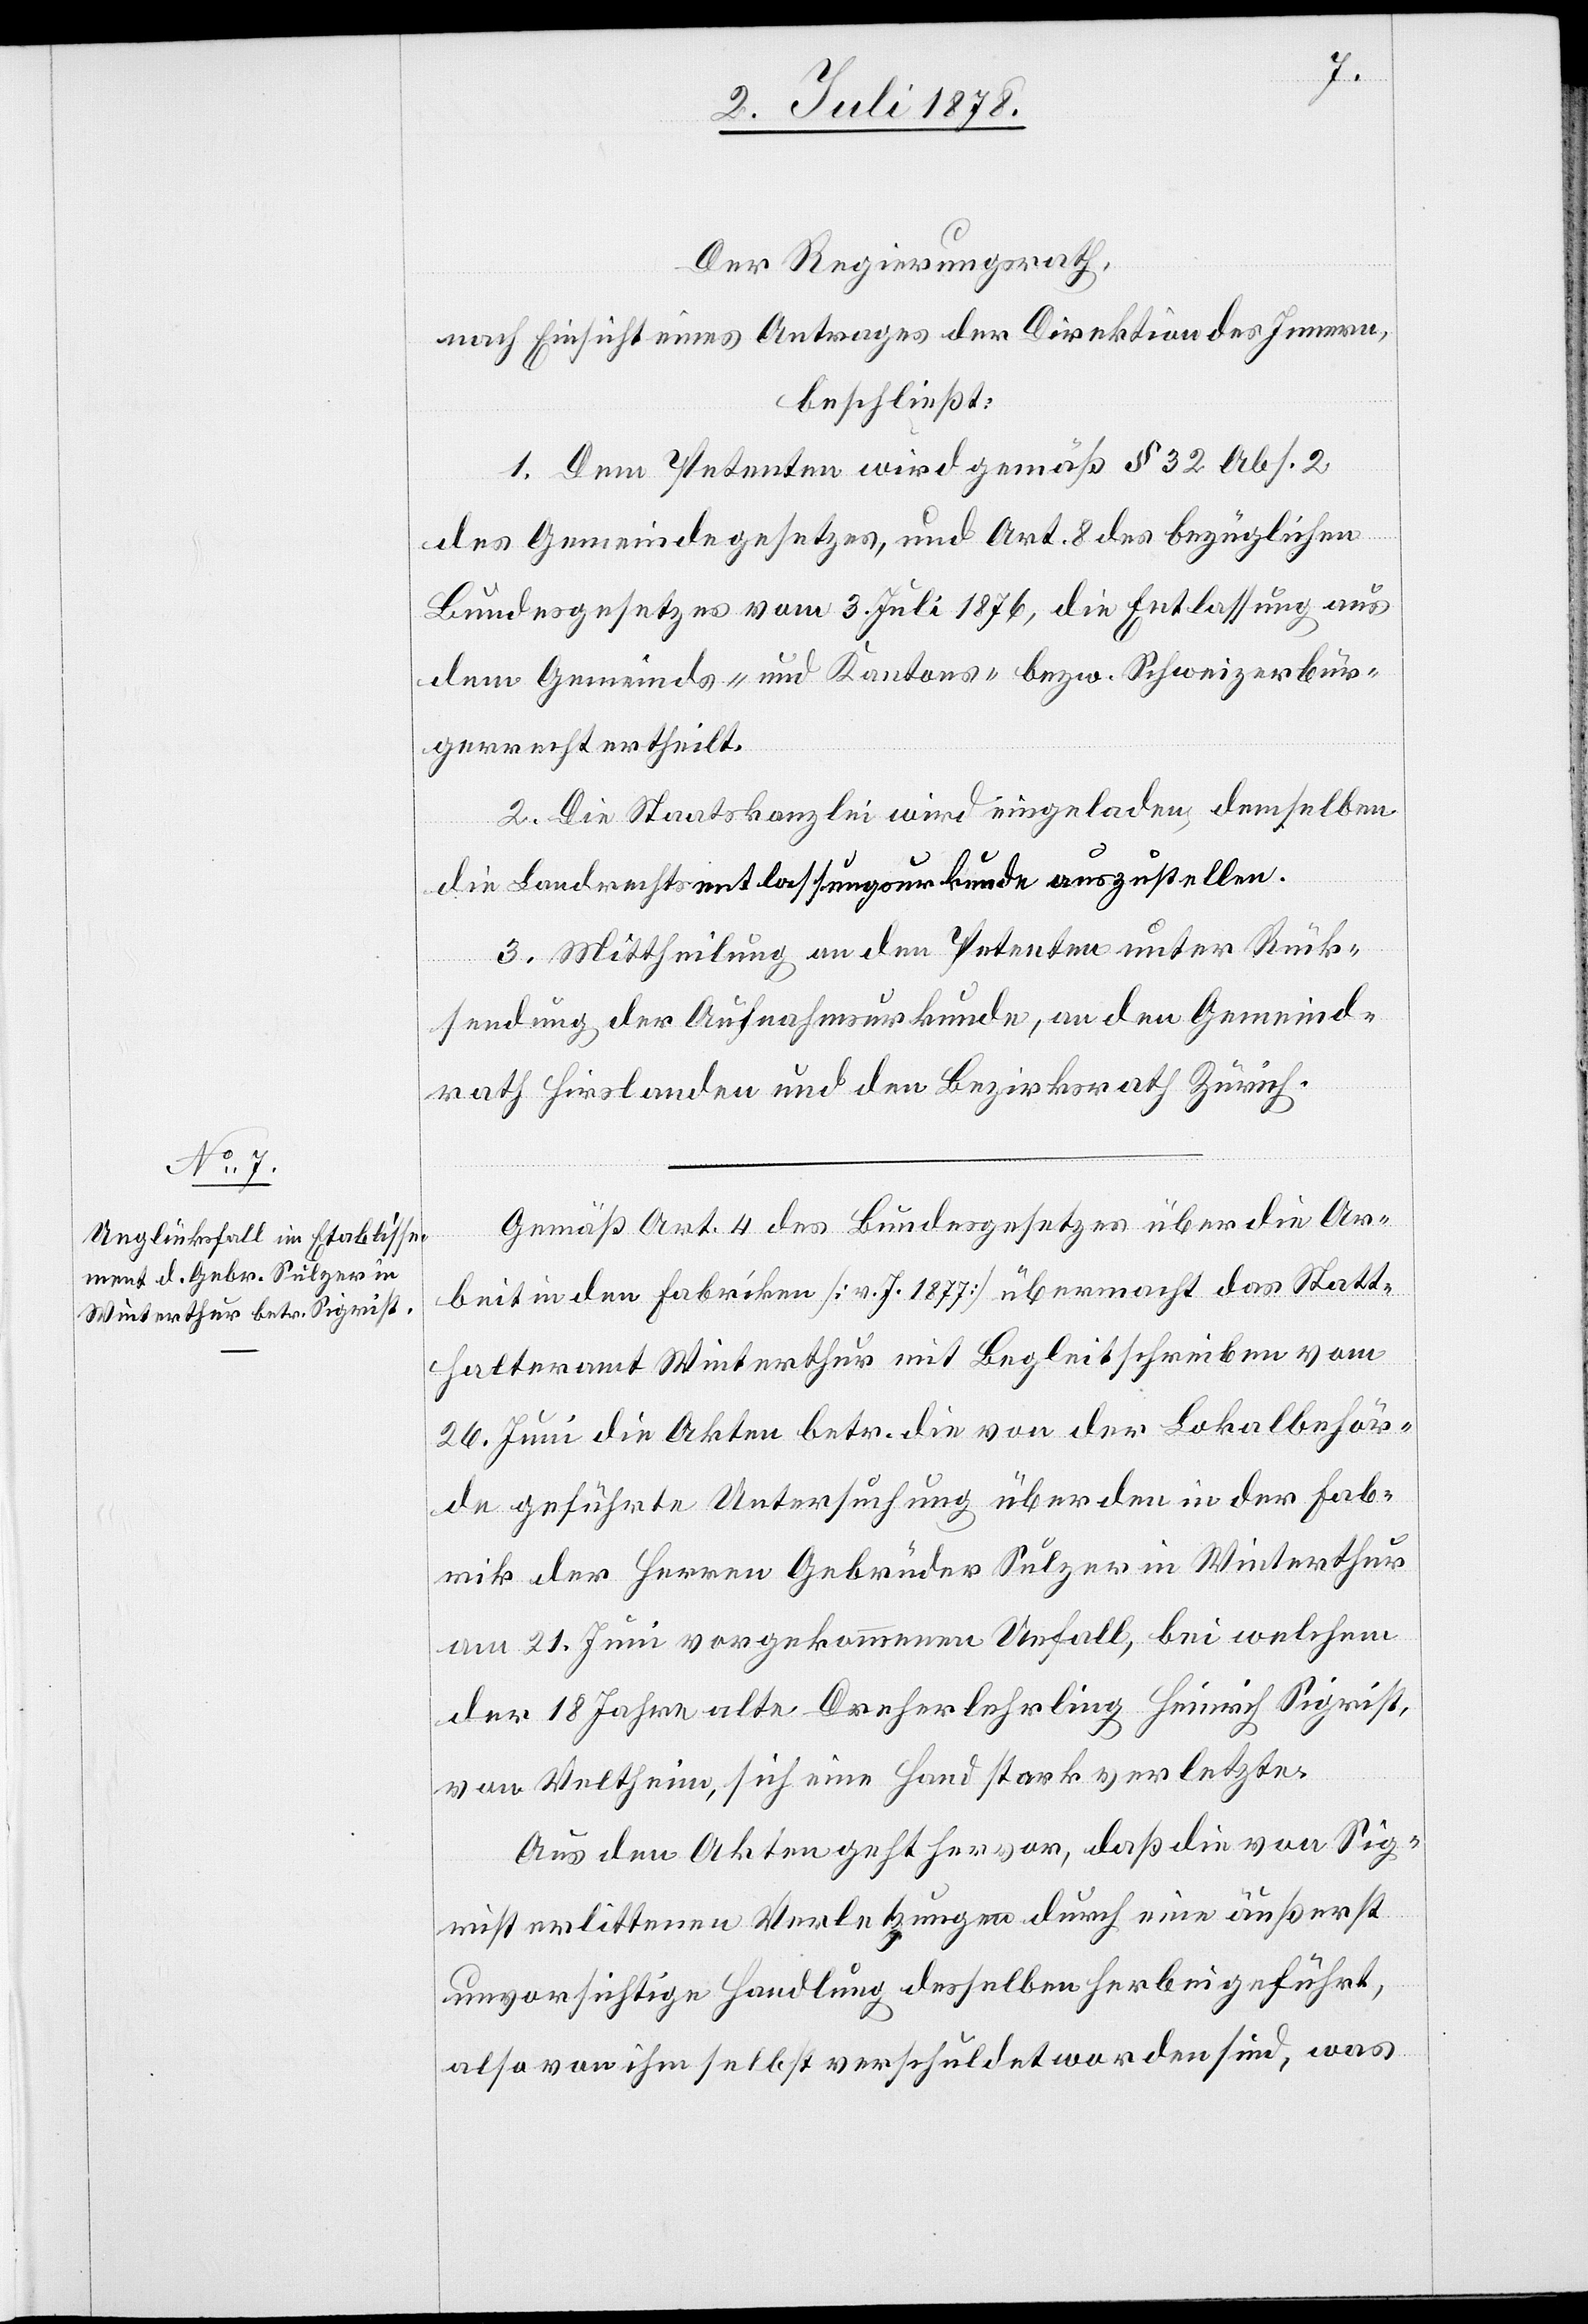
Der Regierungsrath,
nach Einsicht eines Antrages der Direktion des Innern,
beschließt:
1. Dem Petenten wird gemäß § 32 Abs. 2
des Gemeindegesetzes, und Art. 8 des bezüglichen
Bundesgesetzes vom 3. Juli 1876, die Entlassung aus
dem Gemeinds- und Kantons- bezw. Schweizerbür¬
gerrecht ertheilt.
2. Die Staatskanzlei wird eingeladen, demselben
die Landrechtsentlassungsurkunde auszustellen.
3. Mittheilung an den Petenten unter Rück¬
sendung der Aufnahmsurkunde, an den Gemeind¬
rath Hirslanden und den Bezirksrath Zürich.
Gemäß Art. 4 des Bundesgesetzes über die Ar¬
beit in den Fabriken [v. J. 1877] übermacht das Statt¬
halteramt Winterthur mit Begleitschreiben vom
26. Juni die Akten betr. die von der Lokalbehör¬
de geführte Untersuchung über den in der Fab¬
rik der Herren Gebrüder Sulzer in Winterthur
am 21. Juni vorgekommenen Unfall, bei welchem
der 18 Jahre alte Dreherlehrling Heinrich Sigrist,
von Veltheim, sich eine Hand stark verletzte.
Aus den Akten geht hervor, daß die von Sig¬
rist erlittenen Verletzungen durch eine äußerst
unvorsichtige Handlung desselben herbeigeführt,
also von ihm selbst verschuldet worden sind, was